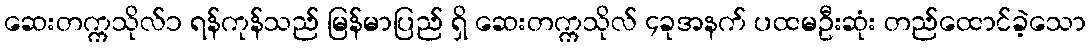
ဆေးတက္ကသိုလ်၁ ရန်ကုန်သည် မြန်မာပြည် ရှိ ဆေးတက္ကသိုလ် ၄ခုအနက် ပထမဦးဆုံး တည်ထောင်ခဲ့သော